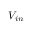
V _ { i n }